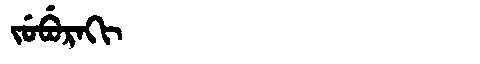
Manchu: ᠵᡠᠪᡠᡵᠠᡴᡳ
Romanization: JUBURAKI